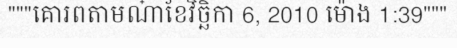
"""គោរពតាមណា៎ខែវិច្ឆិកា 6, 2010 ម៉ោង 1:39"""